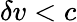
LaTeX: \delta v<c